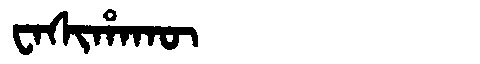
Manchu: ᠸᠠᠰᡳᡥᠠᡴᡡ
Romanization: WASIHAKŪ